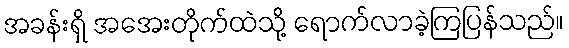
အခန်းရှိ အအေးတိုက်ထဲသို့ ရောက်လာခဲ့ကြပြန်သည်။